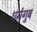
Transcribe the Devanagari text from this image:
धर्मगुब